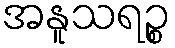
အနူသရဉ္စ